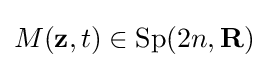
M(\mathbf {z} ,t)\in \operatorname {Sp} (2n,\mathbf {R} )